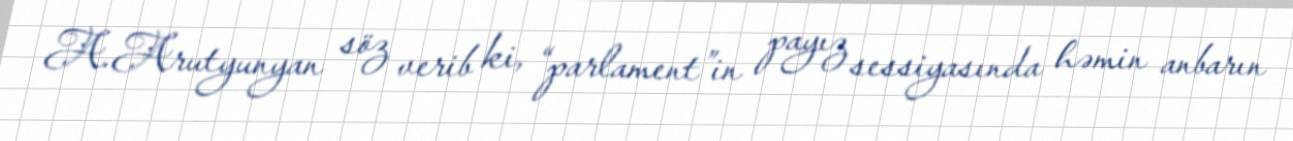
A.Arutyunyan söz verib ki, “parlament”in payız sessiyasında həmin anbarın